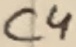
Text: C4